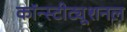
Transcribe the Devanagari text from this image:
कॉन्स्टीट्यूशनल